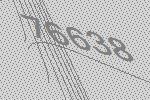
76638